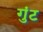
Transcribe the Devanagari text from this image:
गुंट